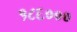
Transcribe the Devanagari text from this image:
१८६०००